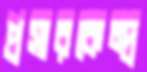
প্রসারকেন্দ্র